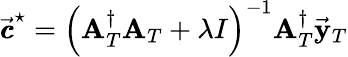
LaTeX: \vec{{\pmb{c}}}^{\star}=\left({\mathbf A}_{T}^{\dagger}{\mathbf A}_{T}+\lambda I\right)^{-1}{\mathbf A}_{T}^{\dagger}\vec{\mathbf y}_{T}